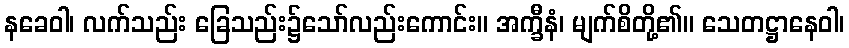
နခေဝါ၊ လက်သည်း ခြေသည်း၌သော်လည်းကောင်း။ အက္ခီနံ၊ မျက်စိတို့၏။ သေတဋ္ဌာနေဝါ၊